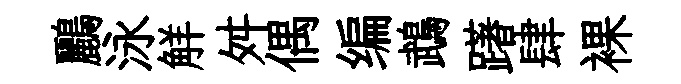
鸝泳觧舛偶编鵡躇肆裸